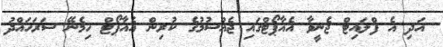
އަދި އެ ފްލައިޓް ޖެނީވާ އެއާޕޯޓްގައި ޖެއްސުމުގެ ކުރިން އެއާޕޯޓް ހިމެނޭ ސަރަހައްދު